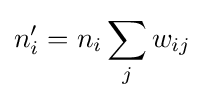
n'_{i}=n_{i}\sum _{j}w_{ij}